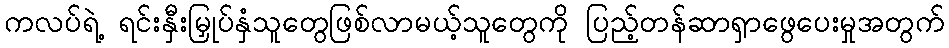
ကလပ်ရဲ့ ရင်းနှီးမြှုပ်နှံသူတွေဖြစ်လာမယ့်သူတွေကို ပြည့်တန်ဆာရှာဖွေပေးမှုအတွက်